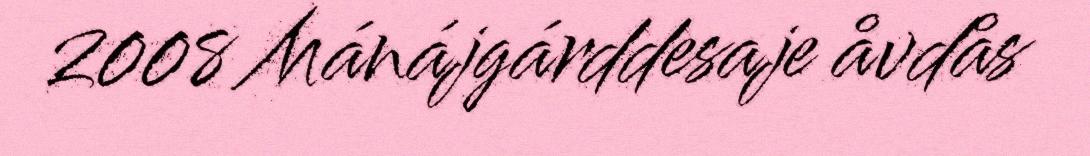
2008 Mánájgárddesaje åvdås